Civil Veterinary Dept. Bombay admin report 1932-41 - 1932-1941
Year: 1932
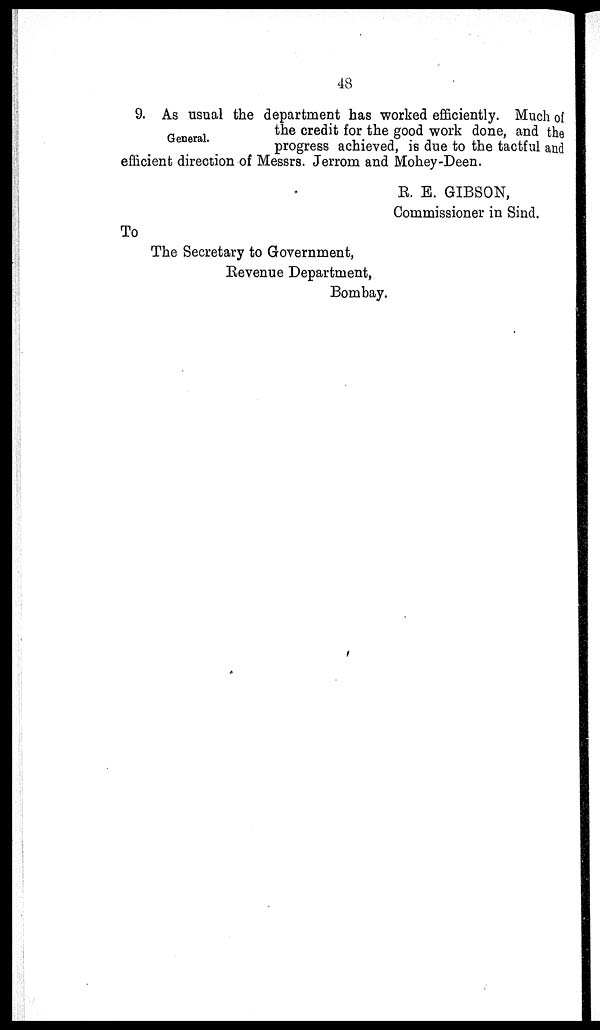
48
General.
9. As usual the department has worked efficiently. Much of
the credit for the good work done, and the
progress achieved, is due to the tactful and
efficient direction of Messrs. Jerrom and Mohey-Deen.
R. E. GIBSON,
Commissioner in Sind.
To
The Secretary to Government,
Revenue Department,
Bombay.